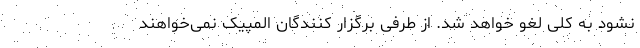
نشود به کلی لغو خواهد شد. از طرفی برگزار کنندگان المپیک نمی‌خواهند